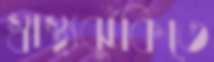
স্বাস্থ্যঝুঁকিতে